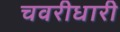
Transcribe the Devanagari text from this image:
चवरीधारी